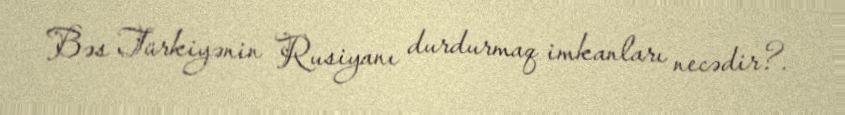
Bəs Türkiyənin Rusiyanı durdurmaq imkanları necədir?.